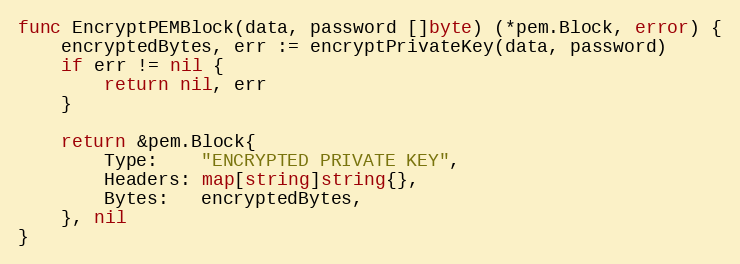
Language: Go
func EncryptPEMBlock(data, password []byte) (*pem.Block, error) {
	encryptedBytes, err := encryptPrivateKey(data, password)
	if err != nil {
		return nil, err
	}

	return &pem.Block{
		Type:    "ENCRYPTED PRIVATE KEY",
		Headers: map[string]string{},
		Bytes:   encryptedBytes,
	}, nil
}